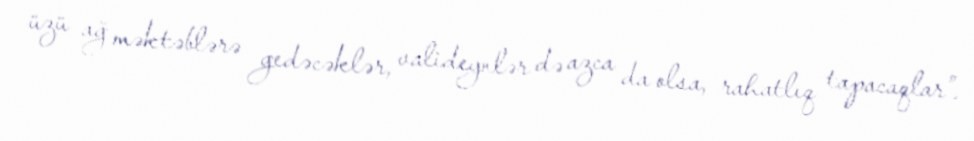
üzü ağ məktəblərə gedəcəklər, valideynlər də azca da olsa, rahatlıq tapacaqlar”.